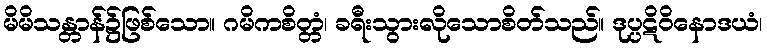
မိမိသန္တာန်၌ဖြစ်သော။ ဂမိကစိတ္တံ၊ ခရီးသွားလိုသောစိတ်သည်။ ဒုပ္ပဋိဝိနောဒယံ၊